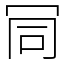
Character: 𠖄